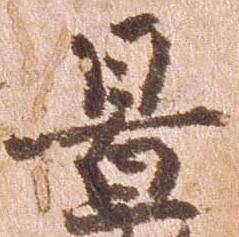
置